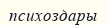
психоздары